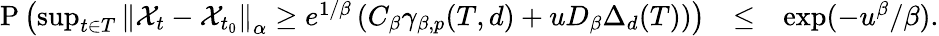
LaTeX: \begin{array}{rlr}{\mathrm{P}\left(\operatorname*{sup}_{t\in T}\left\Vert\mathcal{X}_{t}-\mathcal{X}_{t_{0}}\right\Vert_{\alpha}\geq e^{1/\beta}\left(C_{\beta}\gamma_{\beta,p}(T,d)+uD_{\beta}\Delta_{d}(T)\right)\right)}&{\leq}&{\exp(-u^{\beta}/\beta).}\end{array}